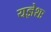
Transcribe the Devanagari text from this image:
यज्ञेशः